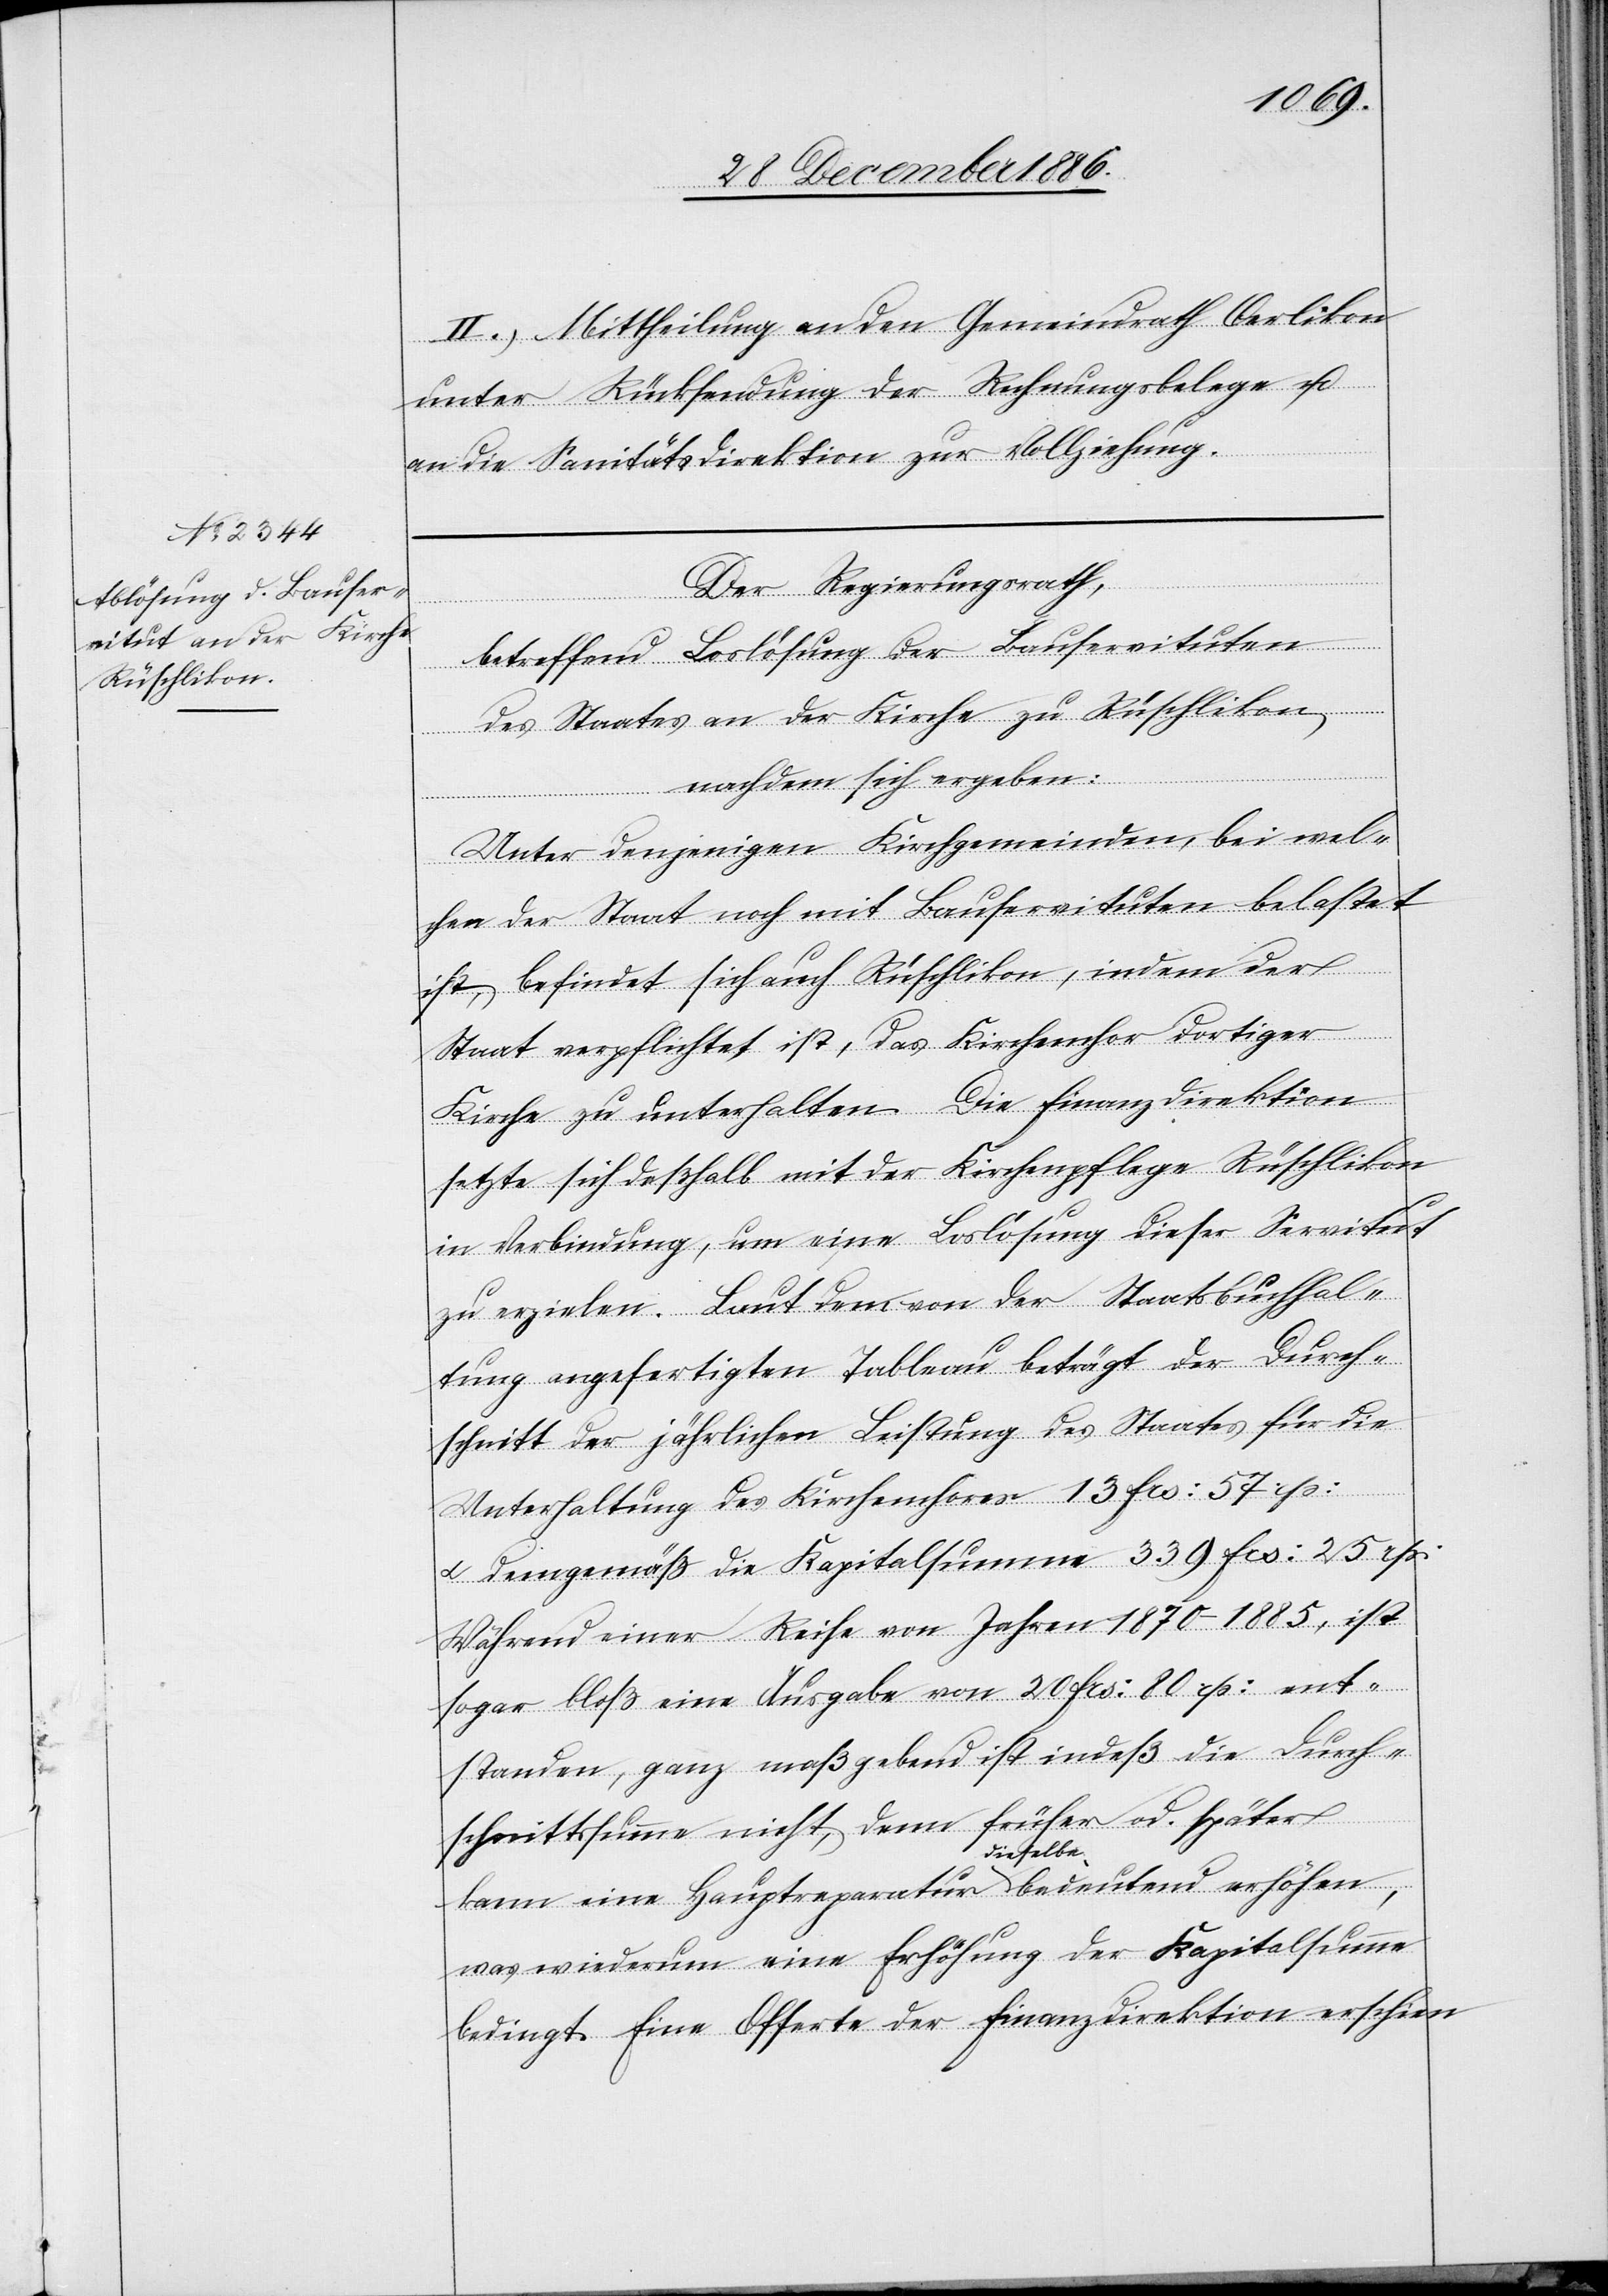
2.) Mittheilung an den Gemeindrath Oerlikon
unter Rücksendung der Rechnungsbelege u.
an die Sanitätsdirektion zur Vollziehung.
Der Regierungsrath,
betreffend Loslösung der Bauservituten
des Staates an der Kirche zu Rüschlikon,
nachdem sich ergeben:
Unter denjenigen Kirchgemeinden, bei wel¬
chen der Staat noch mit Bauservituten belastet
ist, befindet sich auch Rüschlikon, indem der
Staat verpflichtet ist, das Kirchenchor dortiger
Kirche zu unterhalten. Die Finanzdirektion
setzte sich deßhalb mit der Kirchenpflege Rüschlikon
in Verbindung, um eine Loslösung dieser Servitut
zu erzielen. Laut dem von der Staatsbuchhal¬
tung angefertigten Tableau beträgt der Durch¬
schnitt der jährlichen Leistung des Staates für die
Unterhaltung des Kirchenchores 13 Frs: 57 rp:
& demgemäß die Kapitalsumme 339 Frs: 25 rp:
Während einer Reihe von Jahren 1870–1885, ist
sogar bloß eine Ausgabe von 20 Frs: 80 rp: ent¬
standen, ganz maßgebend ist indeß die Durch¬
schnittssumme nicht, denn früher od. später
kann eine Hauptreparatur dieselbe bedeutend erhöhen,
was wiederum eine Erhöhung der Kapitalsumme
bedingt. Eine Offerte der Finanzdirektion erschien